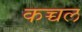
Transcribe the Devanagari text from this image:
कच्चल